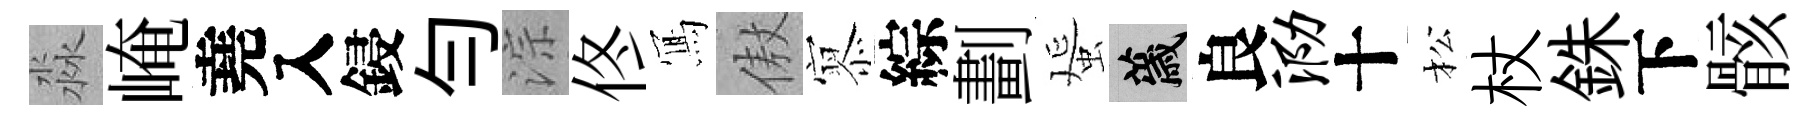
淼崦堯入鋟勻淙佟𭂁傲𡪹綜劃蜑薉良泐十松杖銖下骸